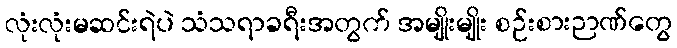
လုံးလုံးမဆင်းရဲပဲ သံသရာခရီးအတွက် အမျိုးမျိုး စဉ်းစားဉာဏ်တွေ